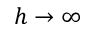
h \rightarrow \infty